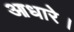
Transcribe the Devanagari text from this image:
आधारे।